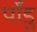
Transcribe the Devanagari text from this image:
पाँडु